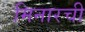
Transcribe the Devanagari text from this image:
मिनारची